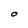
Character: O